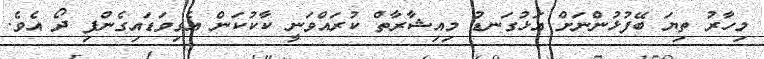
މިހާރު ތިޔަ ބޭފުޅުންނަށް އަޅުގަނޑު މިއިޝާރާތް ކުރައްވަނީ ކާކުކަން އެގިވަޑައިގެންފި ދޯ އެވެ.